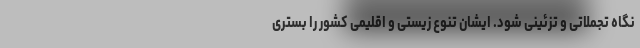
نگاه تجملاتی و تزئینی شود. ایشان تنوع زیستی و اقلیمی کشور را بستری